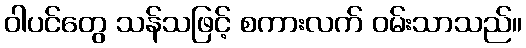
ဝါပင်တွေ သန်သဖြင့် စကားလက် ဝမ်းသာသည်။